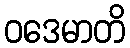
ဝဒေမာတိ